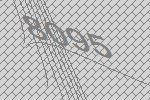
8095